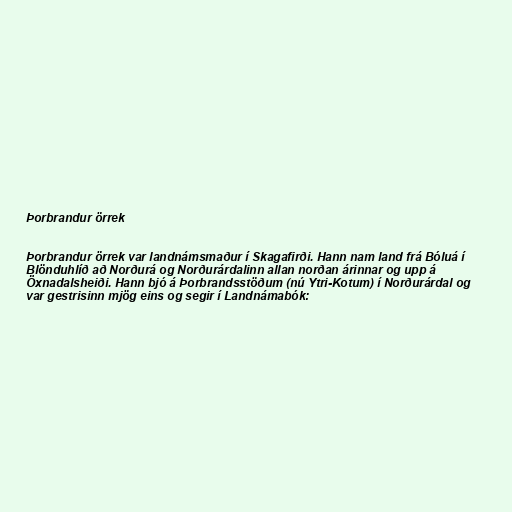
Þorbrandur örrek

Þorbrandur örrek var landnámsmaður í Skagafirði. Hann nam land frá Bóluá í
Blönduhlíð að Norðurá og Norðurárdalinn allan norðan árinnar og upp á
Öxnadalsheiði. Hann bjó á Þorbrandsstöðum (nú Ytri-Kotum) í Norðurárdal og
var gestrisinn mjög eins og segir í Landnámabók: